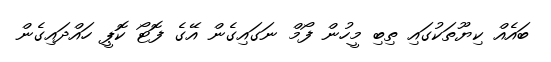
ބައެއް ކިޔޫތަކުގައި ތިބި މީހުން ފޯމް ނަގައިގެން އޭގެ ފޮޓޯ ކޮޕީ ހައްދައިގެން